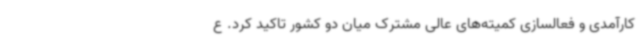
کارآمدی و فعالسازی کمیته‌های عالی مشترک میان دو کشور تاکید کرد. ع